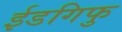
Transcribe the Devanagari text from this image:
ईडगिफु